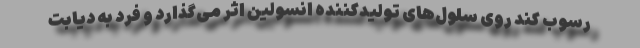
رسوب کند روی سلول‌های تولیدکننده انسولین اثر می‌گذارد و فرد به دیابت